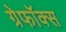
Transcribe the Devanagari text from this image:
ग्रेफॉक्स